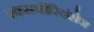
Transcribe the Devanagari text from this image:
एक्‍सपीरियंसेज